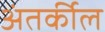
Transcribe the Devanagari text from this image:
अंतर्कील